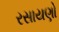
રસાયણો